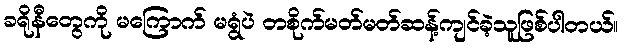
ခရိုနီတွေကို မကြောက် မရွံပဲ တစိုက်မတ်မတ်ဆန့်ကျင်ခဲ့သူဖြစ်ပါတယ်။